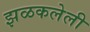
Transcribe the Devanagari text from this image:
झळकलेली